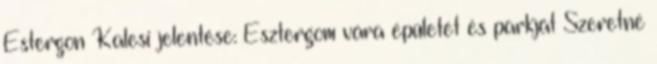
Estergon Kalesi jelentése: Esztergom vára épületét és parkját Szeretné